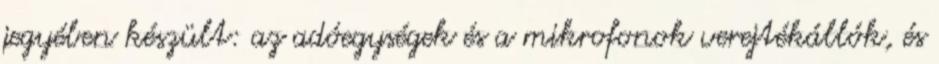
jegyében készült: az adóegységek és a mikrofonok verejtékállók, és